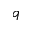
q